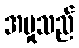
အမှုသည်